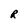
Character: R